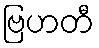
ဗြဟတီ